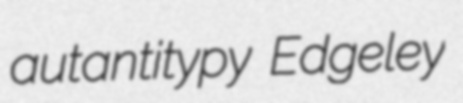
autantitypy Edgeley